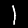
Label: 1